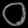
Digit: ၀